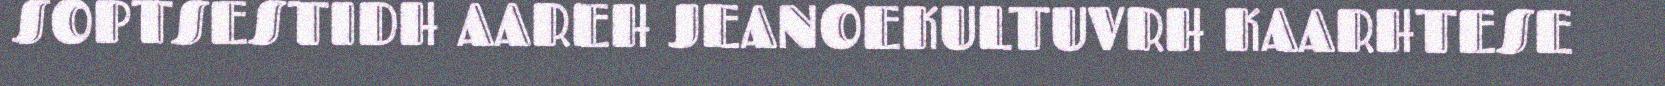
SOPTSESTIDH AAREH JEANOEKULTUVRH KAARHTESE